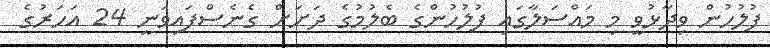
ފުލުހުން ވިދާޅުވީ މި މައްސަލާގައި ފުލުހުންގެ ބެލުމުގެ ދަށަށް ގެނެސްފައިވަނީ 24 އަހަރުގެ